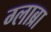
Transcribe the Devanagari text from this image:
ग्लाब्रा